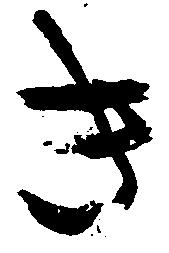
き